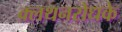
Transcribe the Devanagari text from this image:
क्लथनरोधके